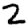
Digit: 2